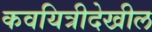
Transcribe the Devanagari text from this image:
कवयित्रीदेखील